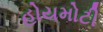
હોયમોટી